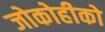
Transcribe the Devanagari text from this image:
जोकोहीको